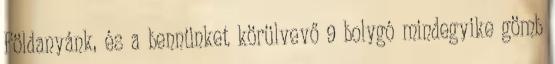
Földanyánk, és a bennünket körülvevő 9 bolygó mindegyike gömb